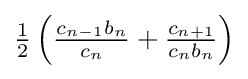
{\textstyle {\frac {1}{2}}\left({\frac {c_{n-1}b_{n}}{c_{n}}}+{\frac {c_{n+1}}{c_{n}b_{n}}}\right)}